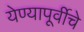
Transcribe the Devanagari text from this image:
येण्यापूर्वीचे